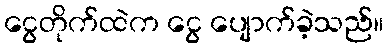
ငွေတိုက်ထဲက ငွေ ပျောက်ခဲ့သည်။